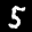
Label: 5